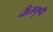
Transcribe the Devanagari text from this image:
नीलपुष्पी